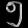
Digit: ၅